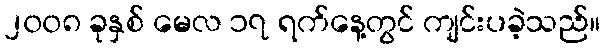
၂၀၀၈ ခုနှစ် မေလ ၁၇ ရက်နေ့တွင် ကျင်းပခဲ့သည်။